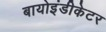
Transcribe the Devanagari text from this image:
बायोइंडीकेटर